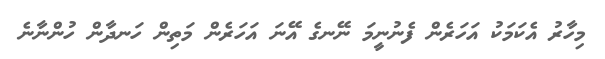
މިހާރު އެކަމަކު އަހަރެން ފެނުނީމަ ނޭނގެ އޭނަ އަހަރެން މަތިން ހަނދާން ހުންނާނެ